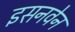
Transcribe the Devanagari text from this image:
इसनवेन